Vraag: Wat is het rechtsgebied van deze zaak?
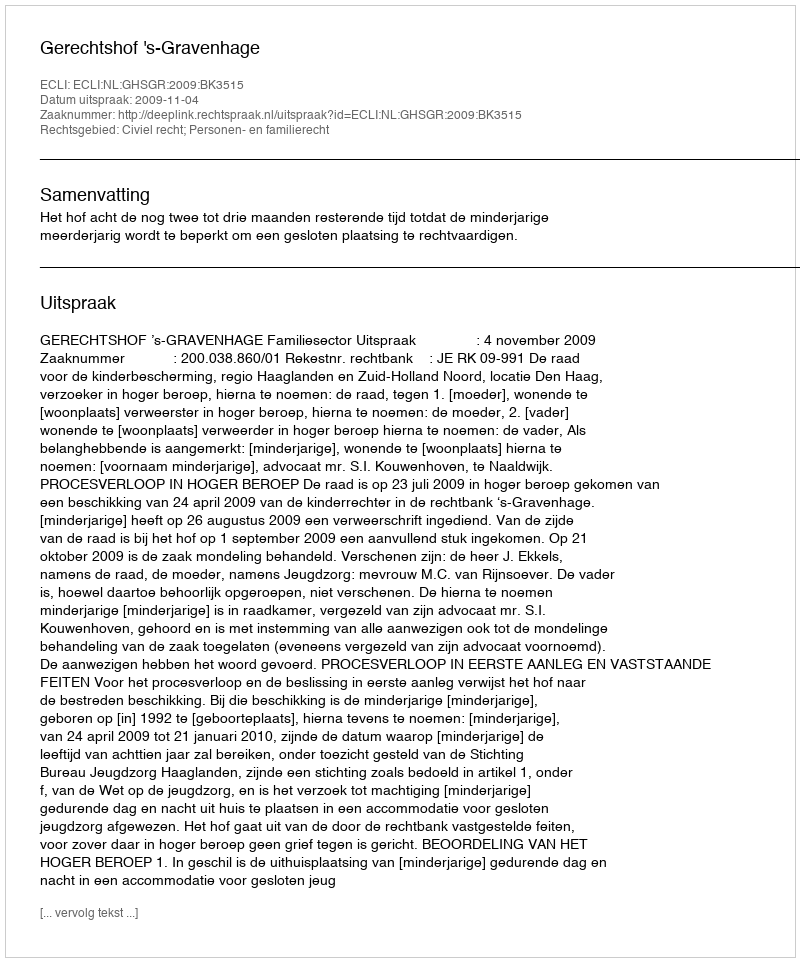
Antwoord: Civiel recht; Personen- en familierecht